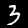
Label: 3